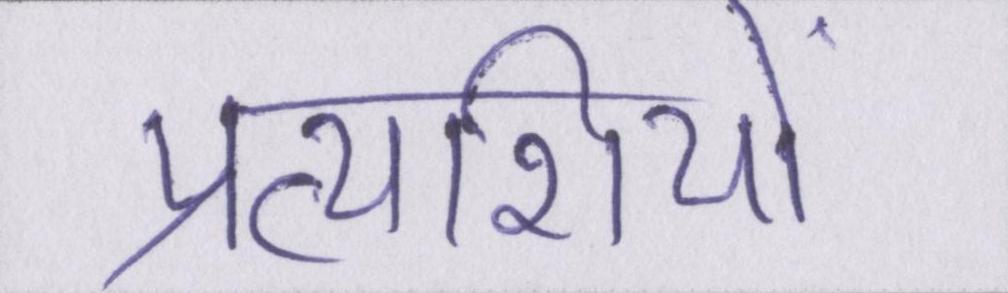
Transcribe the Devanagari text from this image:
प्रत्याशियों